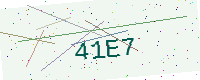
Text: 41E7